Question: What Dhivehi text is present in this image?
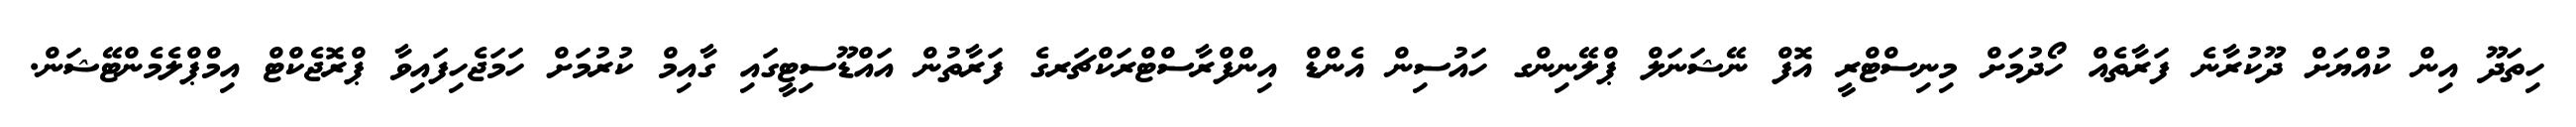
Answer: ހިތަދޫ އިން ކުއްޔަށް ދޫކުރާނެ ފަރާތެއް ހޯދުމަށް މިނިސްޓްރީ އޮފް ނޭޝަނަލް ޕްލޭނިންގ ހައުސިން އެންޑް އިންފްރާސްޓްރަކްޗަރގެ ފަރާތުން އައްޑޫސިޓީގައި ގާއިމް ކުރުމަށް ހަމަޖެހިފައިވާ ޕްރޮޖެކްޓް އިމްޕްލެމެންޓޭޝަން.